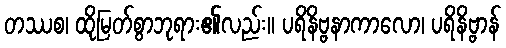
တဿစ၊ ထိုမြတ်စွာဘုရား၏လည်း။ ပရိနိဗ္ဗနာကာလော၊ ပရိနိဗ္ဗာန်